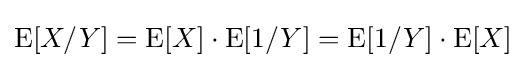
\operatorname {E} [X/Y]=\operatorname {E} [X]\cdot \operatorname {E} [1/Y]=\operatorname {E} [1/Y]\cdot \operatorname {E} [X]